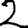
Digit: 2